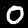
Label: 0